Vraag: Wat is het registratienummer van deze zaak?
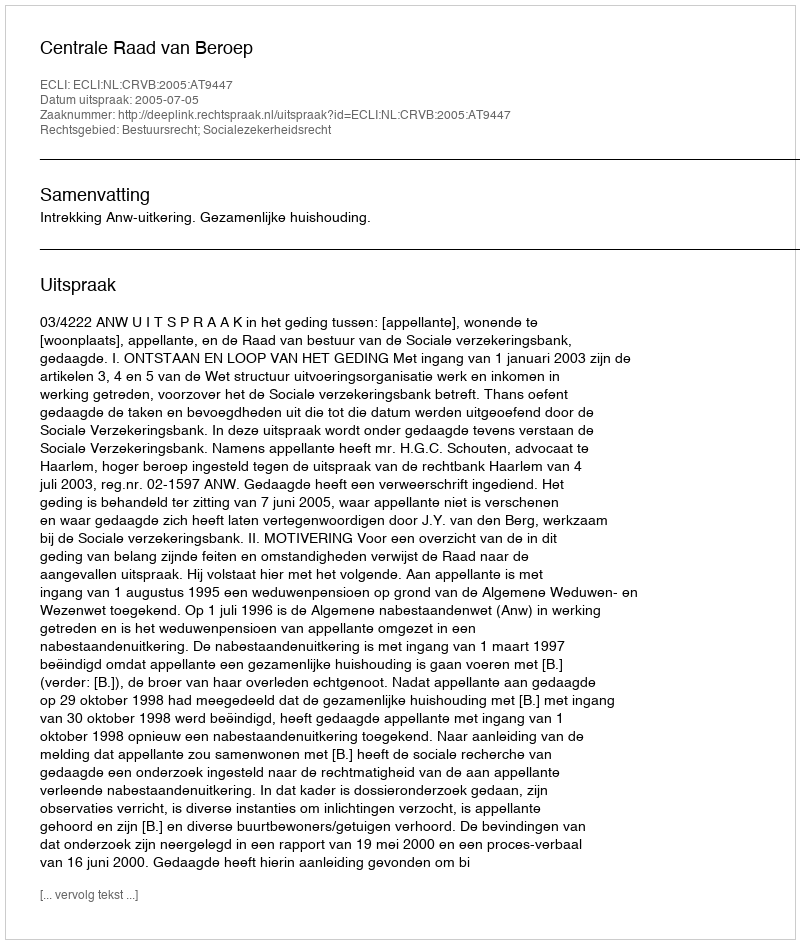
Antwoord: http://deeplink.rechtspraak.nl/uitspraak?id=ECLI:NL:CRVB:2005:AT9447